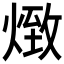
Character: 𤋖